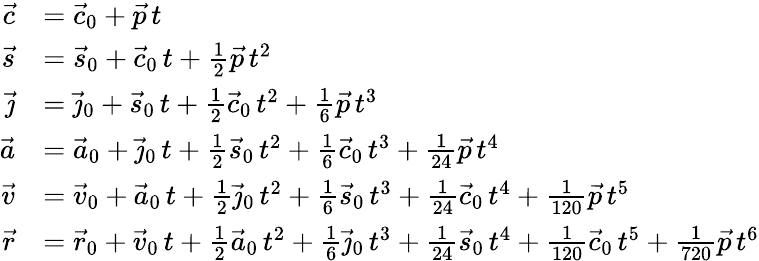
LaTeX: {\begin{array}{rl}{{\vec{c}}}&{={\vec{c}}_{0}+{\vec{p}}\, t}\\ {{\vec{s}}}&{={\vec{s}}_{0}+{\vec{c}}_{0}\, t+{\frac{1}{2}}{\vec{p}}\, t^{2}}\\ {{\vec{\jmath}}}&{={\vec{\jmath}}_{0}+{\vec{s}}_{0}\, t+{\frac{1}{2}}{\vec{c}}_{0}\, t^{2}+{\frac{1}{6}}{\vec{p}}\, t^{3}}\\ {{\vec{a}}}&{={\vec{a}}_{0}+{\vec{\jmath}}_{0}\, t+{\frac{1}{2}}{\vec{s}}_{0}\, t^{2}+{\frac{1}{6}}{\vec{c}}_{0}\, t^{3}+{\frac{1}{24}}{\vec{p}}\, t^{4}}\\ {{\vec{v}}}&{={\vec{v}}_{0}+{\vec{a}}_{0}\, t+{\frac{1}{2}}{\vec{\jmath}}_{0}\, t^{2}+{\frac{1}{6}}{\vec{s}}_{0}\, t^{3}+{\frac{1}{24}}{\vec{c}}_{0}\, t^{4}+{\frac{1}{120}}{\vec{p}}\, t^{5}}\\ {{\vec{r}}}&{={\vec{r}}_{0}+{\vec{v}}_{0}\, t+{\frac{1}{2}}{\vec{a}}_{0}\, t^{2}+{\frac{1}{6}}{\vec{\jmath}}_{0}\, t^{3}+{\frac{1}{24}}{\vec{s}}_{0}\, t^{4}+{\frac{1}{120}}{\vec{c}}_{0}\, t^{5}+{\frac{1}{720}}{\vec{p}}\, t^{6}}\end{array}}